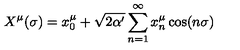
X ^ { \mu } ( \sigma ) = x _ { 0 } ^ { \mu } + \sqrt { 2 \alpha ^ { \prime } } \sum _ { n = 1 } ^ { \infty } { x _ { n } ^ { \mu } \cos ( n \sigma ) }